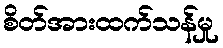
စိတ်အားထက်သန်မှု